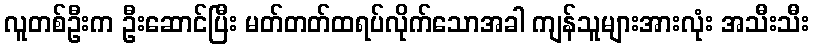
လူတစ်ဦးက ဦးဆောင်ပြီး မတ်တတ်ထရပ်လိုက်သောအခါ ကျန်သူများအားလုံး အသီးသီး